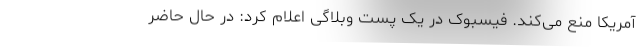
آمریکا منع می‌کند. فیسبوک در یک پست وبلاگی اعلام کرد: در حال حاضر